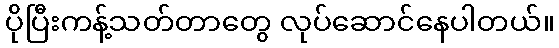
ပိုပြီးကန့်သတ်တာတွေ လုပ်ဆောင်နေပါတယ်။